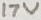
Text: 17V